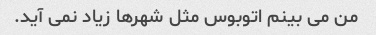
من می بینم اتوبوس مثل شهرها زیاد نمی آید.